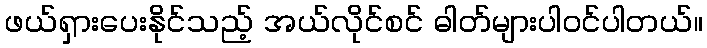
ဖယ်ရှားပေးနိုင်သည့် အယ်လိုင်စင် ဓါတ်များပါဝင်ပါတယ်။